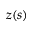
z ( s )